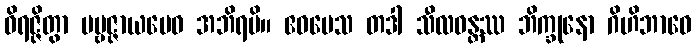
ဝိရဇ္ဇိတွာ ပဗ္ဗဇ္ဇာယမေဝ အဘိရမိ။ ဧဝမေသ တဒါ သီလဝန္တဿ ဘိက္ခုနော ဂိဟိဘာဝေ